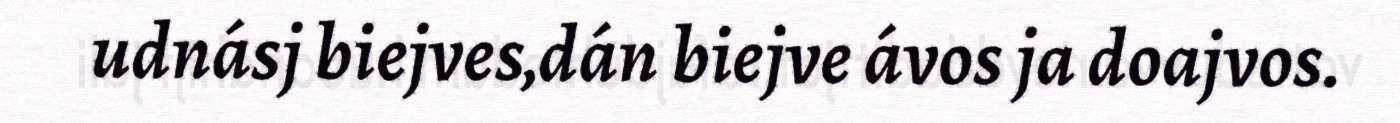
udnásj biejves,dán biejve ávos ja doajvos.